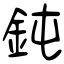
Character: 鈍